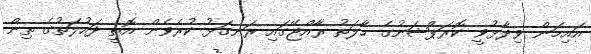
އައިމަން ވިދާޅުވީ ކޮރަޕްޝަނުގެ ހާލަތު ރާއްޖޭގައި ރަނގަޅު ކުރެވެން އޮތީ ދައުލަތުގެ ތިން